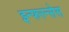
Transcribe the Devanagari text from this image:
इन्फरन्सेस